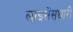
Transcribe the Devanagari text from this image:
लाइसेंसघारी